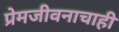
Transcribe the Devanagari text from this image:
प्रेमजीवनाचाही